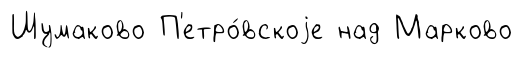
Шумаково П'етро́вскоjе над Марково